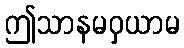
ဤသာနမဝှယာမ